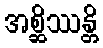
အစ္ဆိဿန္တိ